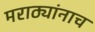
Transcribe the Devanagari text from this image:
मराठ्यांनाच